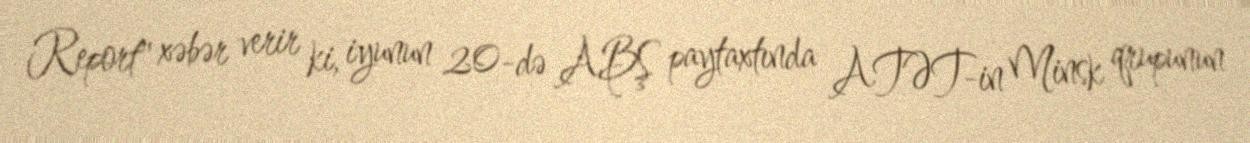
Report" xəbər verir ki, iyunun 20-də ABŞ paytaxtında ATƏT-in Minsk qrupunun